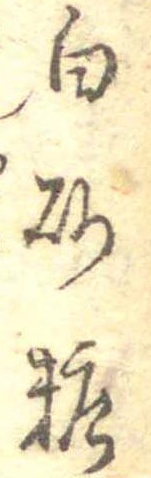
白砂糖